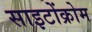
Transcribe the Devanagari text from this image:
साइटोंक्रोम